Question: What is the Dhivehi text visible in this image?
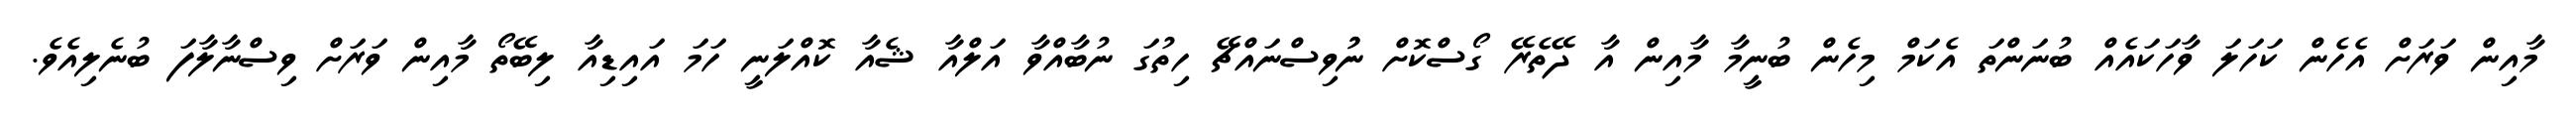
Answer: މާއިން ވަރަށް އެހެން ކަހަލަ ވާހަކައެއް ބުނަންތަ އެކަމް މިހެން ބުނީމާ މާއިން އާ ދޭތެރޭ ގޯސްކޮށް ނުުވިސްނައްޗޭ ހިތުގަ ނުބާއްވާ އަލްއާ ޝެއާ ކޮއްލަނީ ހަމަ އައިޑިއާ ލިބޭތޯ މާއިން ވަރަށް ވިސްނާލާފަ ބުނެލިއެވެ.